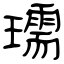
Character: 瓀